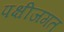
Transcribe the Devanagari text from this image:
पक्षीजगत